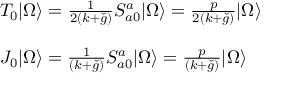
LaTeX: \begin{array} { l } { { T _ { 0 } | \Omega \rangle = \frac { 1 } { 2 ( k + \check { g } ) } S _ { a 0 } ^ { a } | \Omega \rangle = \frac { p } { 2 ( k + \check { g } ) } | \Omega \rangle } } \\ { { \ } } \\ { { J _ { 0 } | \Omega \rangle = \frac { 1 } { ( k + \check { g } ) } S _ { a 0 } ^ { a } | \Omega \rangle = \frac { p } { ( k + \check { g } ) } | \Omega \rangle } } \end{array}